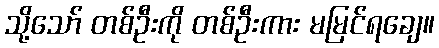
သို့သော် တစ်ဦးကို တစ်ဦးကား မမြင်ရချေ။